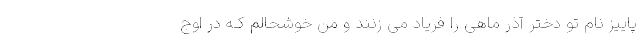
پاییز نام تو دختر آذر ماهی را فریاد می زنند و من خوشحالم کـه در اوج